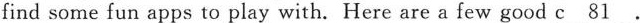
find some fun apps to play with. Here are a few good \underline{c81}